画像に写った文字を読んでください
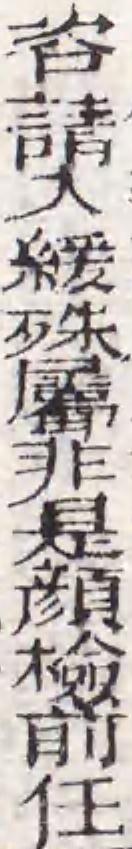
「咨請入緩殊屬非是顔檢前任」と書いてあります